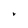
Character: 2